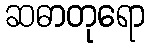
ဆဓာတုရော